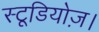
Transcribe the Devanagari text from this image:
स्टूडियोज़।